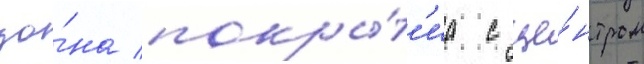
зо́на покры́т'иа с це́нтром